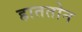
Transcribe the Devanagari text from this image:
हाततोन